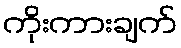
ကိုးကားချက်